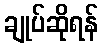
ချုပ်ဆိုရန်